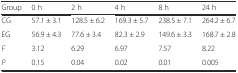
<table><thead><tr><td><b>Group</b></td><td><b>0 h</b></td><td><b>2 h</b></td><td><b>4 h</b></td><td><b>8 h</b></td><td><b>24 h</b></td></tr></thead><tbody><tr><td>CG</td><td>57.1 ± 3.1</td><td>128.5 ± 6.2</td><td>169.3 ± 5.7</td><td>238.5 ± 7.1</td><td>264.2 ± 6.7</td></tr><tr><td>EG</td><td>56.9 ± 4.3</td><td>77.6 ± 3.4</td><td>82.3 ± 2.9</td><td>149.6 ± 3.3</td><td>168.7 ± 2.8</td></tr><tr><td><i>F</i></td><td>3.12</td><td>6.29</td><td>6.97</td><td>7.57</td><td>8.22</td></tr><tr><td><i>P</i></td><td>0.15</td><td>0.04</td><td>0.02</td><td>0.01</td><td>0.005</td></tr></tbody></table>